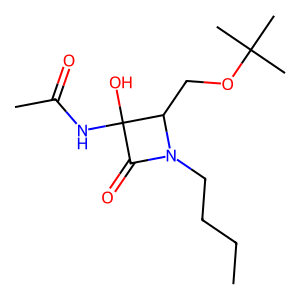
SMILES: CCCCN1C(=O)C(O)(NC(C)=O)C1COC(C)(C)C
Inhibits HIV replication: No